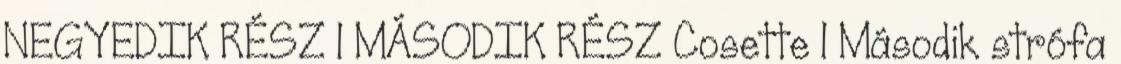
NEGYEDIK RÉSZ 1 MÁSODIK RÉSZ Cosette 1 Második strófa